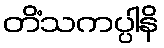
တိံသကပ္ပါနိ